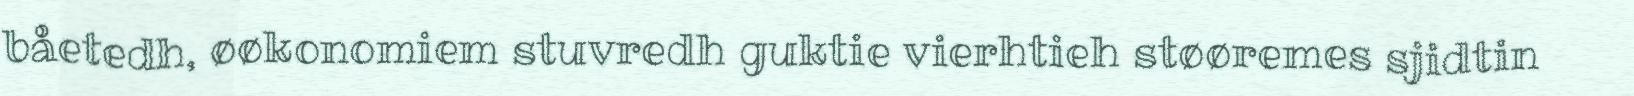
båetedh, øøkonomiem stuvredh guktie vierhtieh støøremes sjidtin